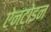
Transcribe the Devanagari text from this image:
ऐन्टोइन